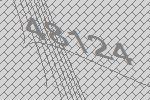
48124